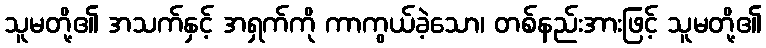
သူမတို့၏ အသက်နှင့် အရှက်ကို ကာကွယ်ခဲ့သော၊ တစ်နည်းအားဖြင့် သူမတို့၏